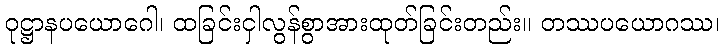
ဝုဋ္ဌာနပယောဂေါ၊ ထခြင်းငှါလွန်စွာအားထုတ်ခြင်းတည်း။ တဿပယောဂဿ၊